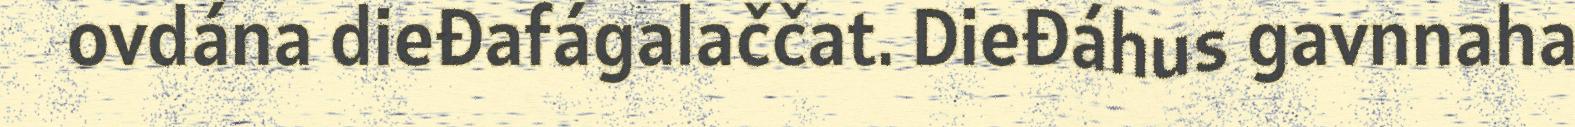
ovdána dieđafágalaččat. Dieđáhus gavnnaha